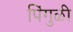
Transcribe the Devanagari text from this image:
पिंगुळी